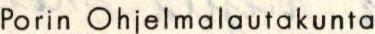
Porin Ohjelmalautakunta